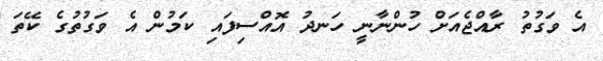
އެ ވަގުތު ރާއްޖެއަށް ހުންނާނީ ހަނދު އޮއްސިފައި ކަމުން އެ ވަގުތުގެ ކޭތަ